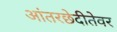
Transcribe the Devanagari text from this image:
आंतरछेदीतेवर